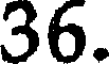
36.